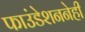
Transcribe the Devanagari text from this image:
फाउंडेशननेही